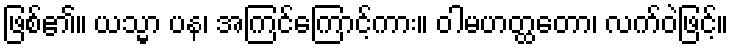
ဖြစ်၏။ ယသ္မာ ပန၊ အကြင်ကြောင့်ကား။ ဝါမဟတ္ထတော၊ လက်ဝဲဖြင့်။